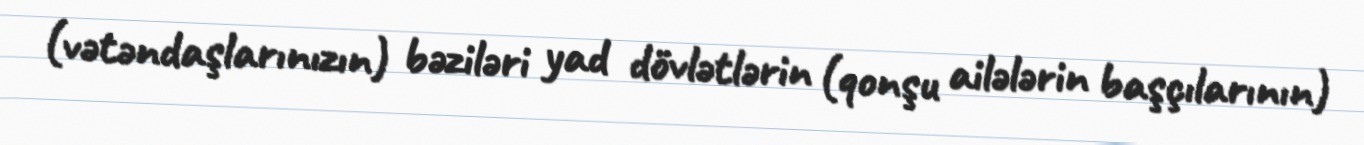
(vətəndaşlarınızın) bəziləri yad dövlətlərin (qonşu ailələrin başçılarının)